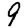
Digit: 9